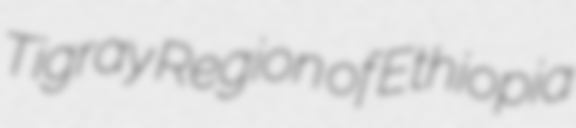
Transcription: Tigray Region of Ethiopia